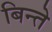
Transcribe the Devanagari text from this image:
बिन्ते